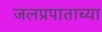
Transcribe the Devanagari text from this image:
जलप्रपाताच्या